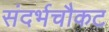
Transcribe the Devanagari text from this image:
संदर्भचौकट